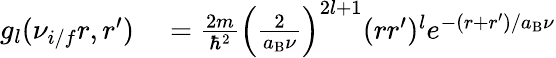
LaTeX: \begin{array}{rl}{g_{l}(\nu_{i/f}r,r^{\prime})}&{{}=\frac{2m}{\hbar^{2}}\left(\frac{2}{a_{\mathrm{B}}\nu}\right)^{2l+1}(rr^{\prime})^{l}e^{-(r+r^{\prime})/a_{\mathrm{B}}\nu}}\end{array}